Code of medical and sanitary regulations for the guidance of medical officers serving in the Madras Presidency - Volume I
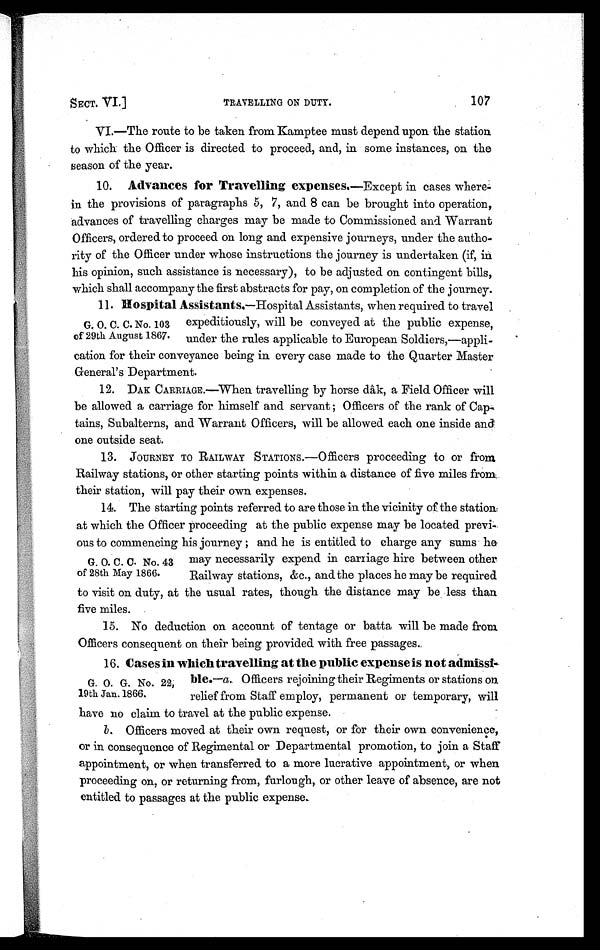
SECT. VI.]
TRAVELLING ON DUTY.
107
VI.—The route to be taken from Kamptee must depend upon the station
to which the Officer is directed to proceed, and, in some instances, on the
season of the year.
10. Advances for Travelling expenses .—Except in cases where
- i n t h e p r o v i s i o n s o f p a r a g r a p h s 5 , 7 , a n d 8 c a n b e b r o u g h t i n t o o p e r a t i o n ,
advances of travelling charges may be made to Commissioned and Warrant
Officers, ordered to proceed on long and expensive journeys, under the autho
- r i t y o f t h e O f f i c e r u n d e r w h o s e i n s t r u c t i o n s t h e j o u r n e y i s u n d e r t a k e n ( i f , i n
his opinion, such assistance is necessary), to be adjusted on contingent bills,
which shall accompany the first abstracts for pay, on completion of the journey.
11.
Hospital Assistants .—Hospital Assistants, when required to travel .
G. O. C. C. No. 103 expeditiously, will be conveyed at the public expense,
of 29th August 1867. under the rules applicable to European Soldiers,—appli
- c a t i o n f o r t h e i r c o n v e y a n c e b e i n g i n e v e r y c a s e m a d e t o t h e Q u a r t e r M a s t e r
General's Department.
12. DAK CARRIAGE.—When travelling by horse dâk, a Field Officer will
be allowed a carriage for himself and servant Officers of the rank of Cap
- t a i n s , S u b a l t e r n s , a n d W a r r a n t O f f i c e r s , w i l l b e a l l o w e d e a c h o n e i n s i d e a n d
one outside seat.
13. JOURNEY TO RAILWAY STATIONs.—Officers proceeding to or from
Railway stations, or other starting points within a distance of five miles from,
their station, will pay their own expenses.
14. The starting points referred to are those in the vicinity of the station
at which the Officer proceeding at the public expense may be located previ-
ous to commencing his journey and he is entitled to charge any sums he
G. O. C. C. No. 43 may necessarily expend in carriage hire between other
of 28th May 1866. Railway stations, &c., ands the places he may be required
to visit on duty, at the usual rates, though the distance may be less than
five miles.
15. No deduction on account of tentage or batta will be made from
Officers consequent on their being provided with free passages.
16.
Cases in which travelling at the public expense is not admissi
-
G. O. G. No. 22; ble .—a. Officers rejoining their Regiments or stations on
19th Jan. 1866. relief from Staff employ, permanent or temporary, will
have no claim to travel at the public expense.
b . Officers moved at their own request, or for their own convenience,
or in consequence of Regimental or Departmental promotion, to join a Staff
appointment, or when transferred to a more lucrative appointment, or when
proceeding on, or returning from, furlough, or other leave of absence, are not
entitled to passages at the public expense.